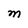
Character: M